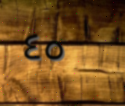
٤٥